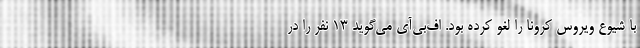
با شیوع ویروس کرونا را لغو کرده بود. اف‌بی‌آی می‌گوید ۱۳ نفر را در